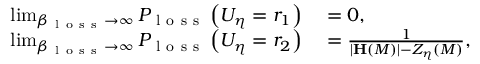
\begin{array} { r l } { \operatorname* { l i m } _ { \beta _ { \mathrm { ~ l ~ o ~ s ~ s ~ } } \rightarrow \infty } P _ { \mathrm { ~ l ~ o ~ s ~ s ~ } } \left( U _ { \eta } = r _ { 1 } \right) } & { { } = 0 , } \\ { \operatorname* { l i m } _ { \beta _ { \mathrm { ~ l ~ o ~ s ~ s ~ } } \rightarrow \infty } P _ { \mathrm { ~ l ~ o ~ s ~ s ~ } } \left( U _ { \eta } = r _ { 2 } \right) } & { { } = \frac { 1 } { \vert \mathbf { H } \left( M \right) \vert - Z _ { \eta } \left( M \right) } , } \end{array}